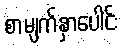
စာမျက်နှာပေါင်း